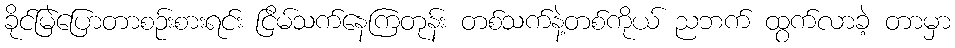
ခိုင်မြဲပြောတာစဉ်းစားရင်း ငြိမ်သက်နေကြတုန်း တစ်သက်နဲ့တစ်ကိုယ် ညဘက် ထွက်လာခဲ့ တာမှာ